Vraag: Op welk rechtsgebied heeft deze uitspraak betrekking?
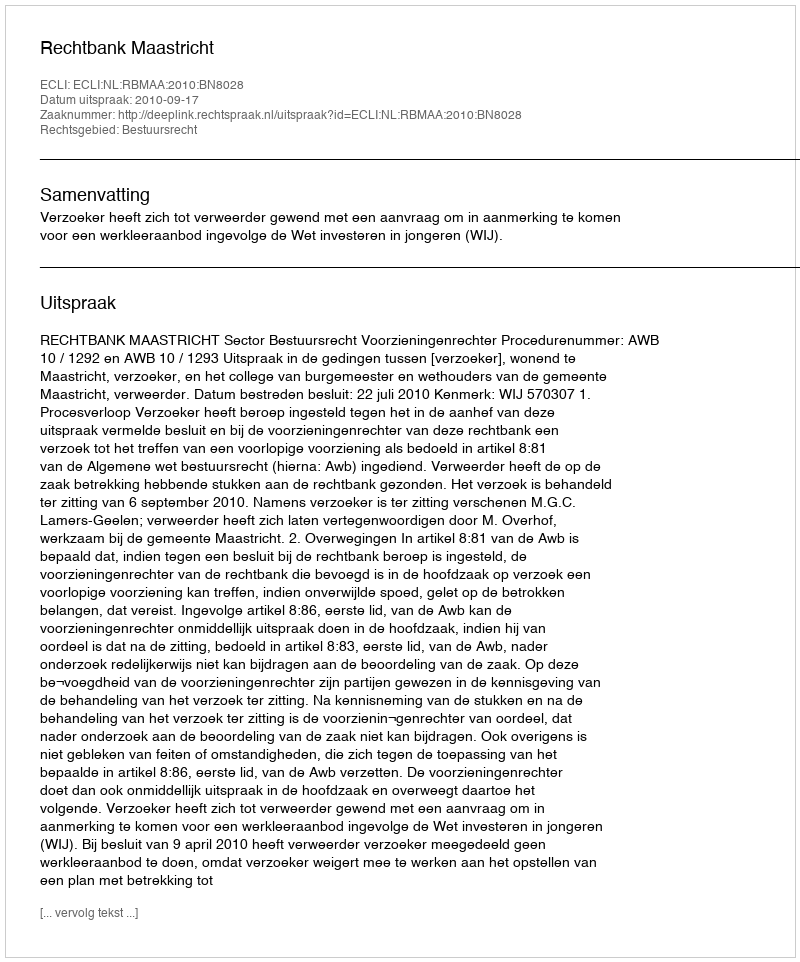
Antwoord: Bestuursrecht